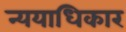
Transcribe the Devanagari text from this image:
न्ययाधिकार